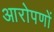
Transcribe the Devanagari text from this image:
आरोपणों